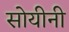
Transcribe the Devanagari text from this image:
सोयीनी